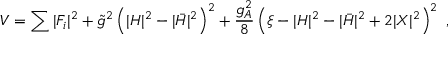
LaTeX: V = \sum | F _ { i } | ^ { 2 } + \tilde { g } ^ { 2 } \left( | H | ^ { 2 } - | \bar { H } | ^ { 2 } \right) ^ { 2 } + \frac { g _ { A } ^ { 2 } } { 8 } \left( \xi - | H | ^ { 2 } - | \bar { H } | ^ { 2 } + 2 | X | ^ { 2 } \right) ^ { 2 } ~ ,